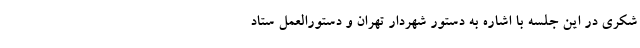
شکری در این جلسه با اشاره به دستور شهردار تهران و دستورالعمل ستاد